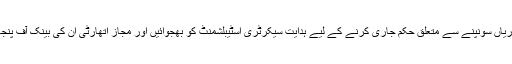
عدالت نے نیب کے چیئرمین کو ہدایت کی ہے کہ وہ طارق کھوسہ کو یہ ذمہ داریاں سونپنے سے متعلق حکم جاری کرنے کے لیے ہدایت سیکرٹری اسٹیبلشمنٹ کو بھجوائیں اور مجاز اتھارٹی اُن کی بینک آف پنجاب فراڈ کیس کی تفتیشی ٹیم کے سربراہ کی حیثیت سے نوٹیفکیشن جاری کرے۔